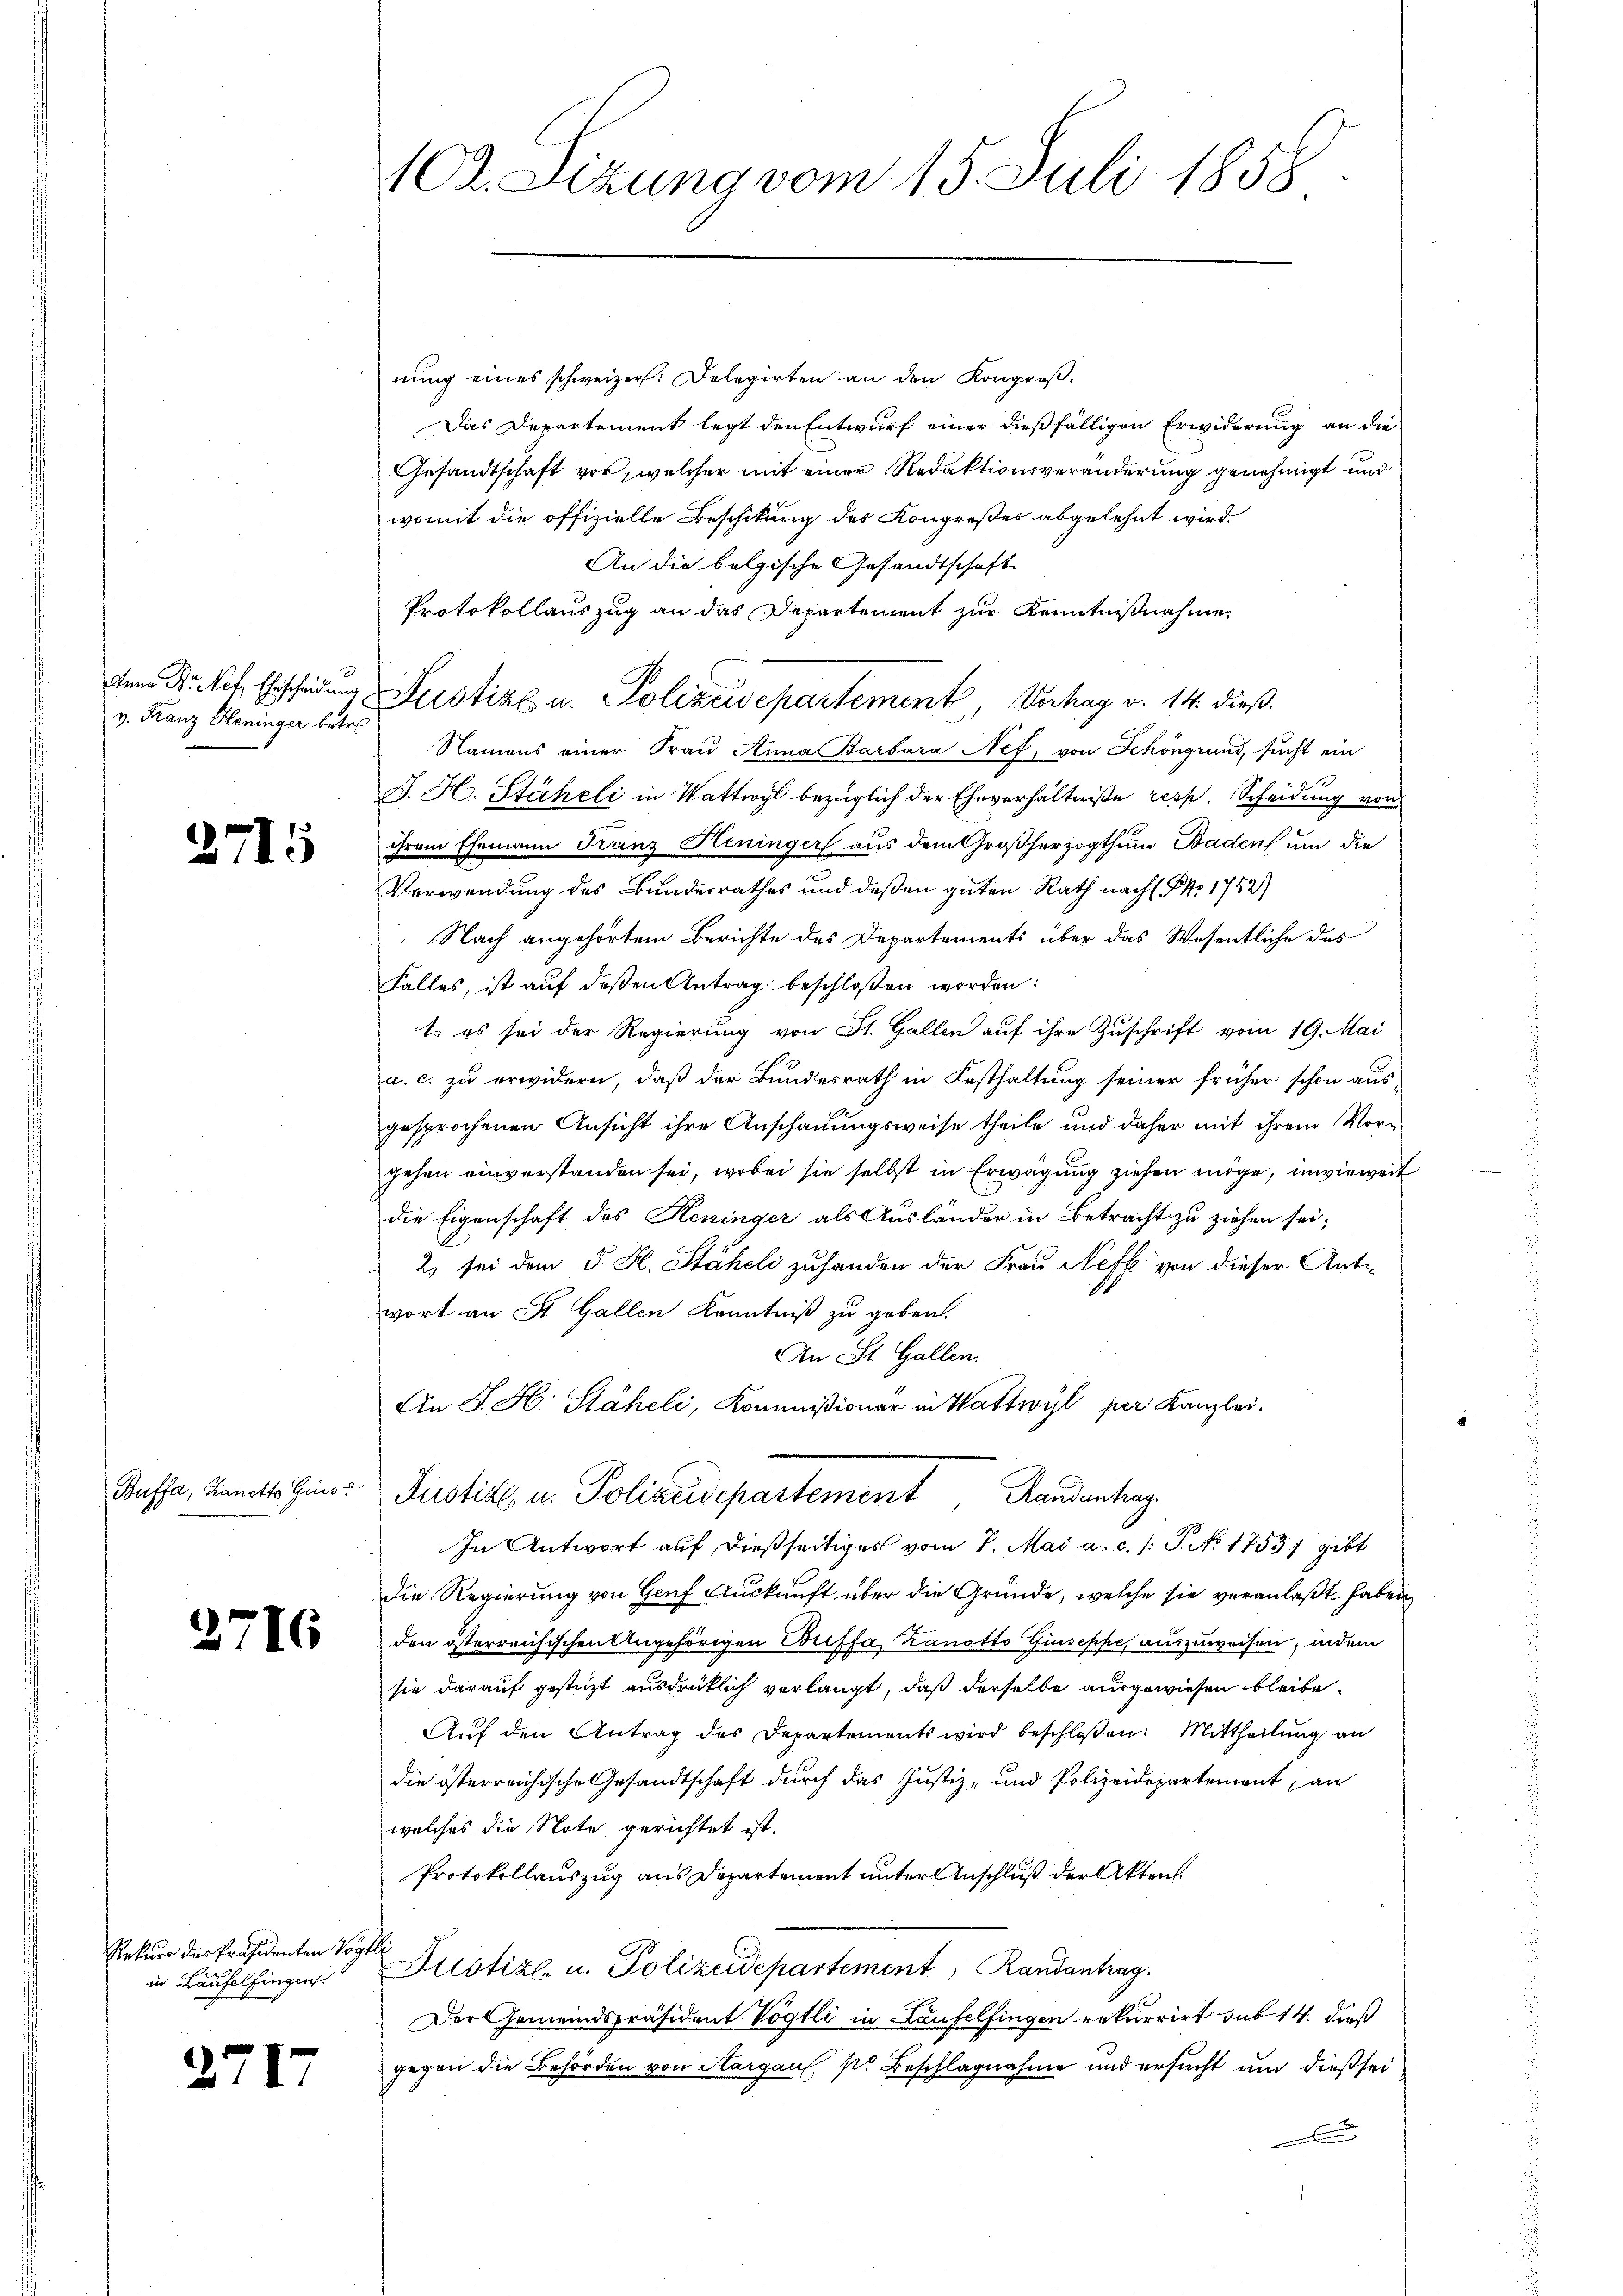
Anna B. Nef. Ehrscheidung
v. Franz Heninger betre

2715

Buffa, Kanotts Ges.

2716

Rekurs des Präsidenten Vogt
in Laufelfingen.

2717

102. Sizung vom 15. Juli 1858

nung eines schweizer. Delegirten an den Kongreß
Das Departement legt den Entwurf einer dießfälligen Erwiderung an die
Gesandtschaft vor, welcher mit einer Redaktionsveränderung genehmigt und
womit die offizielle Beschikung des Kongreßes abgelehnt wird.
An die belgische Gesandtschaft
Protokollauszug an das Departement zur Kenntnißnahme,
Namens einer Frau Anna Barbara Nef, von Schöngrund, sucht ein
J. H. Stäheli in Wattwyl bezüglich der Eheverhältniße resp. Scheidung von
ihrem Ehemann Franz Heninger aus dem Großherzogthum Baden um die
Verwendung des Bundesrathes und deßen guten Rath nach (Pro. 1752)
Nach angehörtem Berichte des Departements über das Wesentliche des
Falles, ist auf deßen Antrag beschloßen worden:
t, es sei der Regierung von St. Gallen auf ihre Zuschrift vom 19. Mai
a. c. zu erwidern, daß der Bundesrath in Festhaltung seiner früher schon ausgesprochenen Ansicht ihre Anschauungsweise theile und daher mit ihrem Vorgehen einverstanden sei, wobei sie selbst in Erwägung ziehen möge, inwieweit
die Eigenschaft des Heninger als Ausländer in Betracht zu ziehen sei;
2) sei dem J. H. Stäheli zuhanden der Frau Neffe von dieser Antwort an St. Gallen Kenntniß zu geben.
An St. Gallen.
An J. H. Stäheli, Kommißionar in Wattwyl per Kanzlei-
Justiz- u. Polizeidepartement, Randantrag.
9
In Antwort auf dießseitiges vom 1. Mai a. c. s. S. No 1753/ gibt
die Regierung von Genf Auskunft über die Gründe, welche sie veranlaßt haben
den österreichischen Angehörigen Buffa Zanotto Giuseppe auszuweisen, indem
sie darauf gestüzt ausdrücklich verlangt, daß derselbe ausgewiesen bleibe.
Auf den Antrag des Departements wird beschloßen: Mittheilung an
die österreichische Gesandtschaft durch das Justiz- und Polizeidepartement an
welches die Note gerichtet ist.
Protokollauszug aus Departement unter Anschluß der Akten.
.
Justiz u. Polizeidepartement, Randantrag.
Der Gemeindspräsident Vögtli in Laufelfingen rekurrirt sub 14. dieß
gegen die Behörden von Aargaus, pr Beschlagnahme und ersucht und dießsei
d

Justiz u. Polizeidepartement, Verhag v. 14. dieß.

1